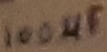
Text: 100µF